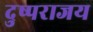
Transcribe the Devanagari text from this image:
दुष्पराजय